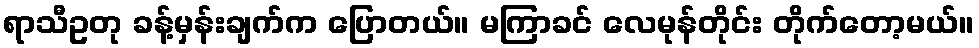
ရာသီဥတု ခန့်မှန်းချက်က ပြောတယ်။ မကြာခင် လေမုန်တိုင်း တိုက်တော့မယ်။